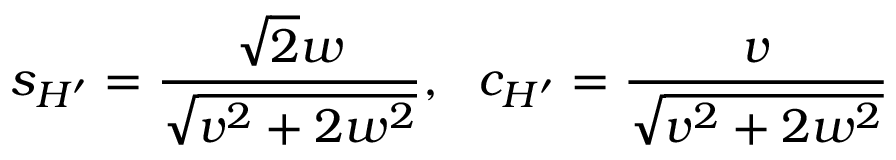
s _ { H ^ { \prime } } = { \frac { \sqrt { 2 } w } { \sqrt { v ^ { 2 } + 2 w ^ { 2 } } } } , \, \, \, \, c _ { H ^ { \prime } } = { \frac { v } { \sqrt { v ^ { 2 } + 2 w ^ { 2 } } } }